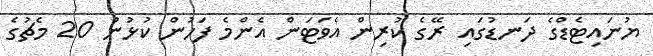
ޔުނައިޓެޑްގެ ދަނޑުގައި ރޭގެ ކުރިން އެވަޓަން އެންމެ ފަހުން ކުޅުނު 20 މެޗުގެ